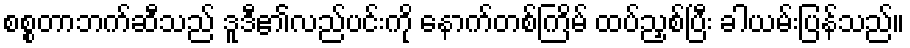
စစ္စတာဘက်ဆီသည် ဒူဒီ၏လည်ပင်းကို နောက်တစ်ကြိမ် ထပ်ညှစ်ပြီး ခါယမ်းပြန်သည်။